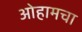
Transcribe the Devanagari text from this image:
ओहामचा